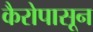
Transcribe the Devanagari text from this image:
कैरोपासून